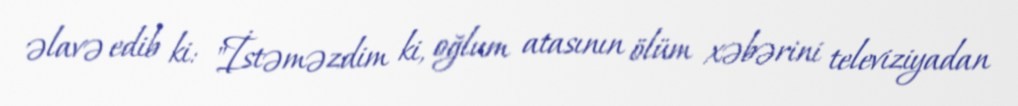
əlavə edib ki: "İstəməzdim ki, oğlum atasının ölüm xəbərini televiziyadan